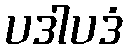
ပဒါပဒံ